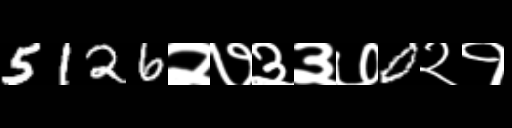
Text: 5126२७३३७0२१